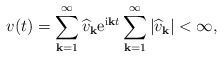
\begin{align*}v(t)=\sum_{\mathbf{k}=1}^{\infty} \widehat{v}_{\mathbf{k}}{\rm e}^{{\rm i}\mathbf{k}t} \sum_{\mathbf{k}=1}^{\infty} |\widehat{v}_{\mathbf{k}}|<\infty,\end{align*}